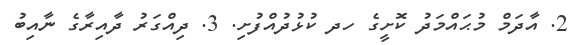
2. އާދަމް މުޙައްމަދު ކޮށީގެ ހދ ކުޅުދުއްފުށި. 3. ދިއްގަރުު ދާއިރާގެ ނާއިބު